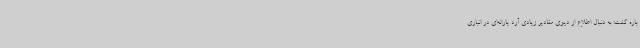
باره گفت: به دنبال اطلاع از دپوی مقادیر زیادی آرد یارانه‌ای در انباری